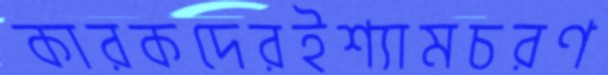
কারকদেরইশ্যামচরণ